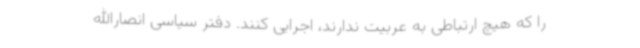
را که هیچ ارتباطی به عربیت ندارند، اجرایی کنند. دفتر سیاسی انصارالله